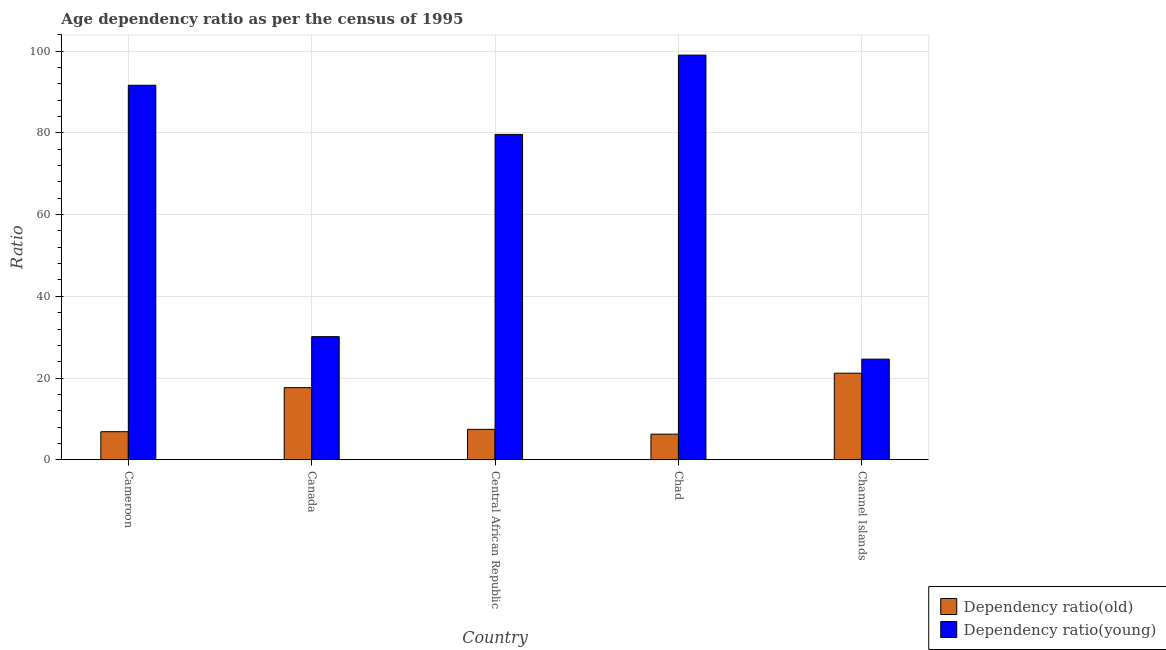
| Country | Dependency ratio(old) | Dependency ratio(young) |
 | --- | --- | --- |
 | Cameroon | 6.86 | 91.7 |
 | Canada | 17.6 | 30.1 |
 | Central African Republic | 7.43 | 79.6 |
 | Chad | 6.25 | 99.1 |
 | Channel Islands | 21.2 | 24.6 |